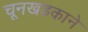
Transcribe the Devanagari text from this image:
चूनखडकाने